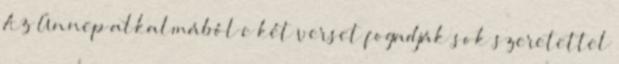
Az Ünnep alkalmából e két verset fogadják sok szeretettel